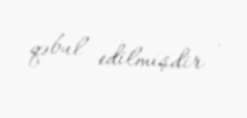
qəbul edilmişdir .